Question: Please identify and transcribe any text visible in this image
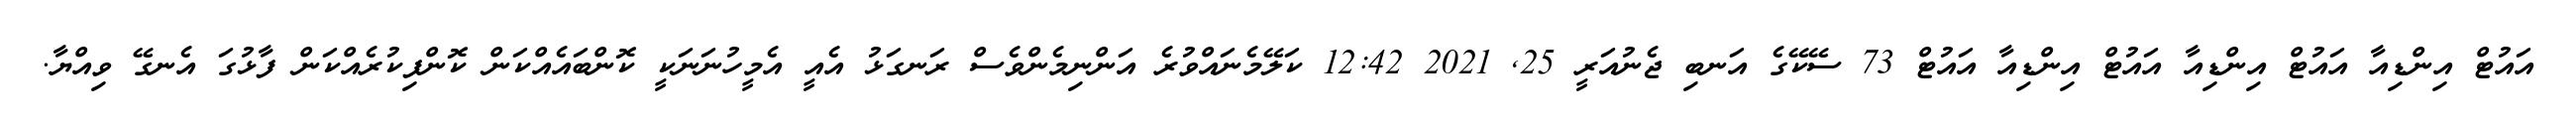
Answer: އައުޓް އިންޑިއާ އައުޓް އިންޑިއާ އައުޓް އިންޑިއާ އައުޓް 73 ސޭކޭގެ އަނބި ޖެނުއަރީ 25, 2021 12:42 ކަލޭމެނައްވުރެ އަންނިމެންވެސް ރަނގަޅު އެއީ އެމީހުނަނަކީ ކޮންބައެއްކަން ކޮންފިކުރެއްކަން ފާޅުގަ އެނގޭ ވިއްޔާ.